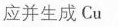
应并生成Cu